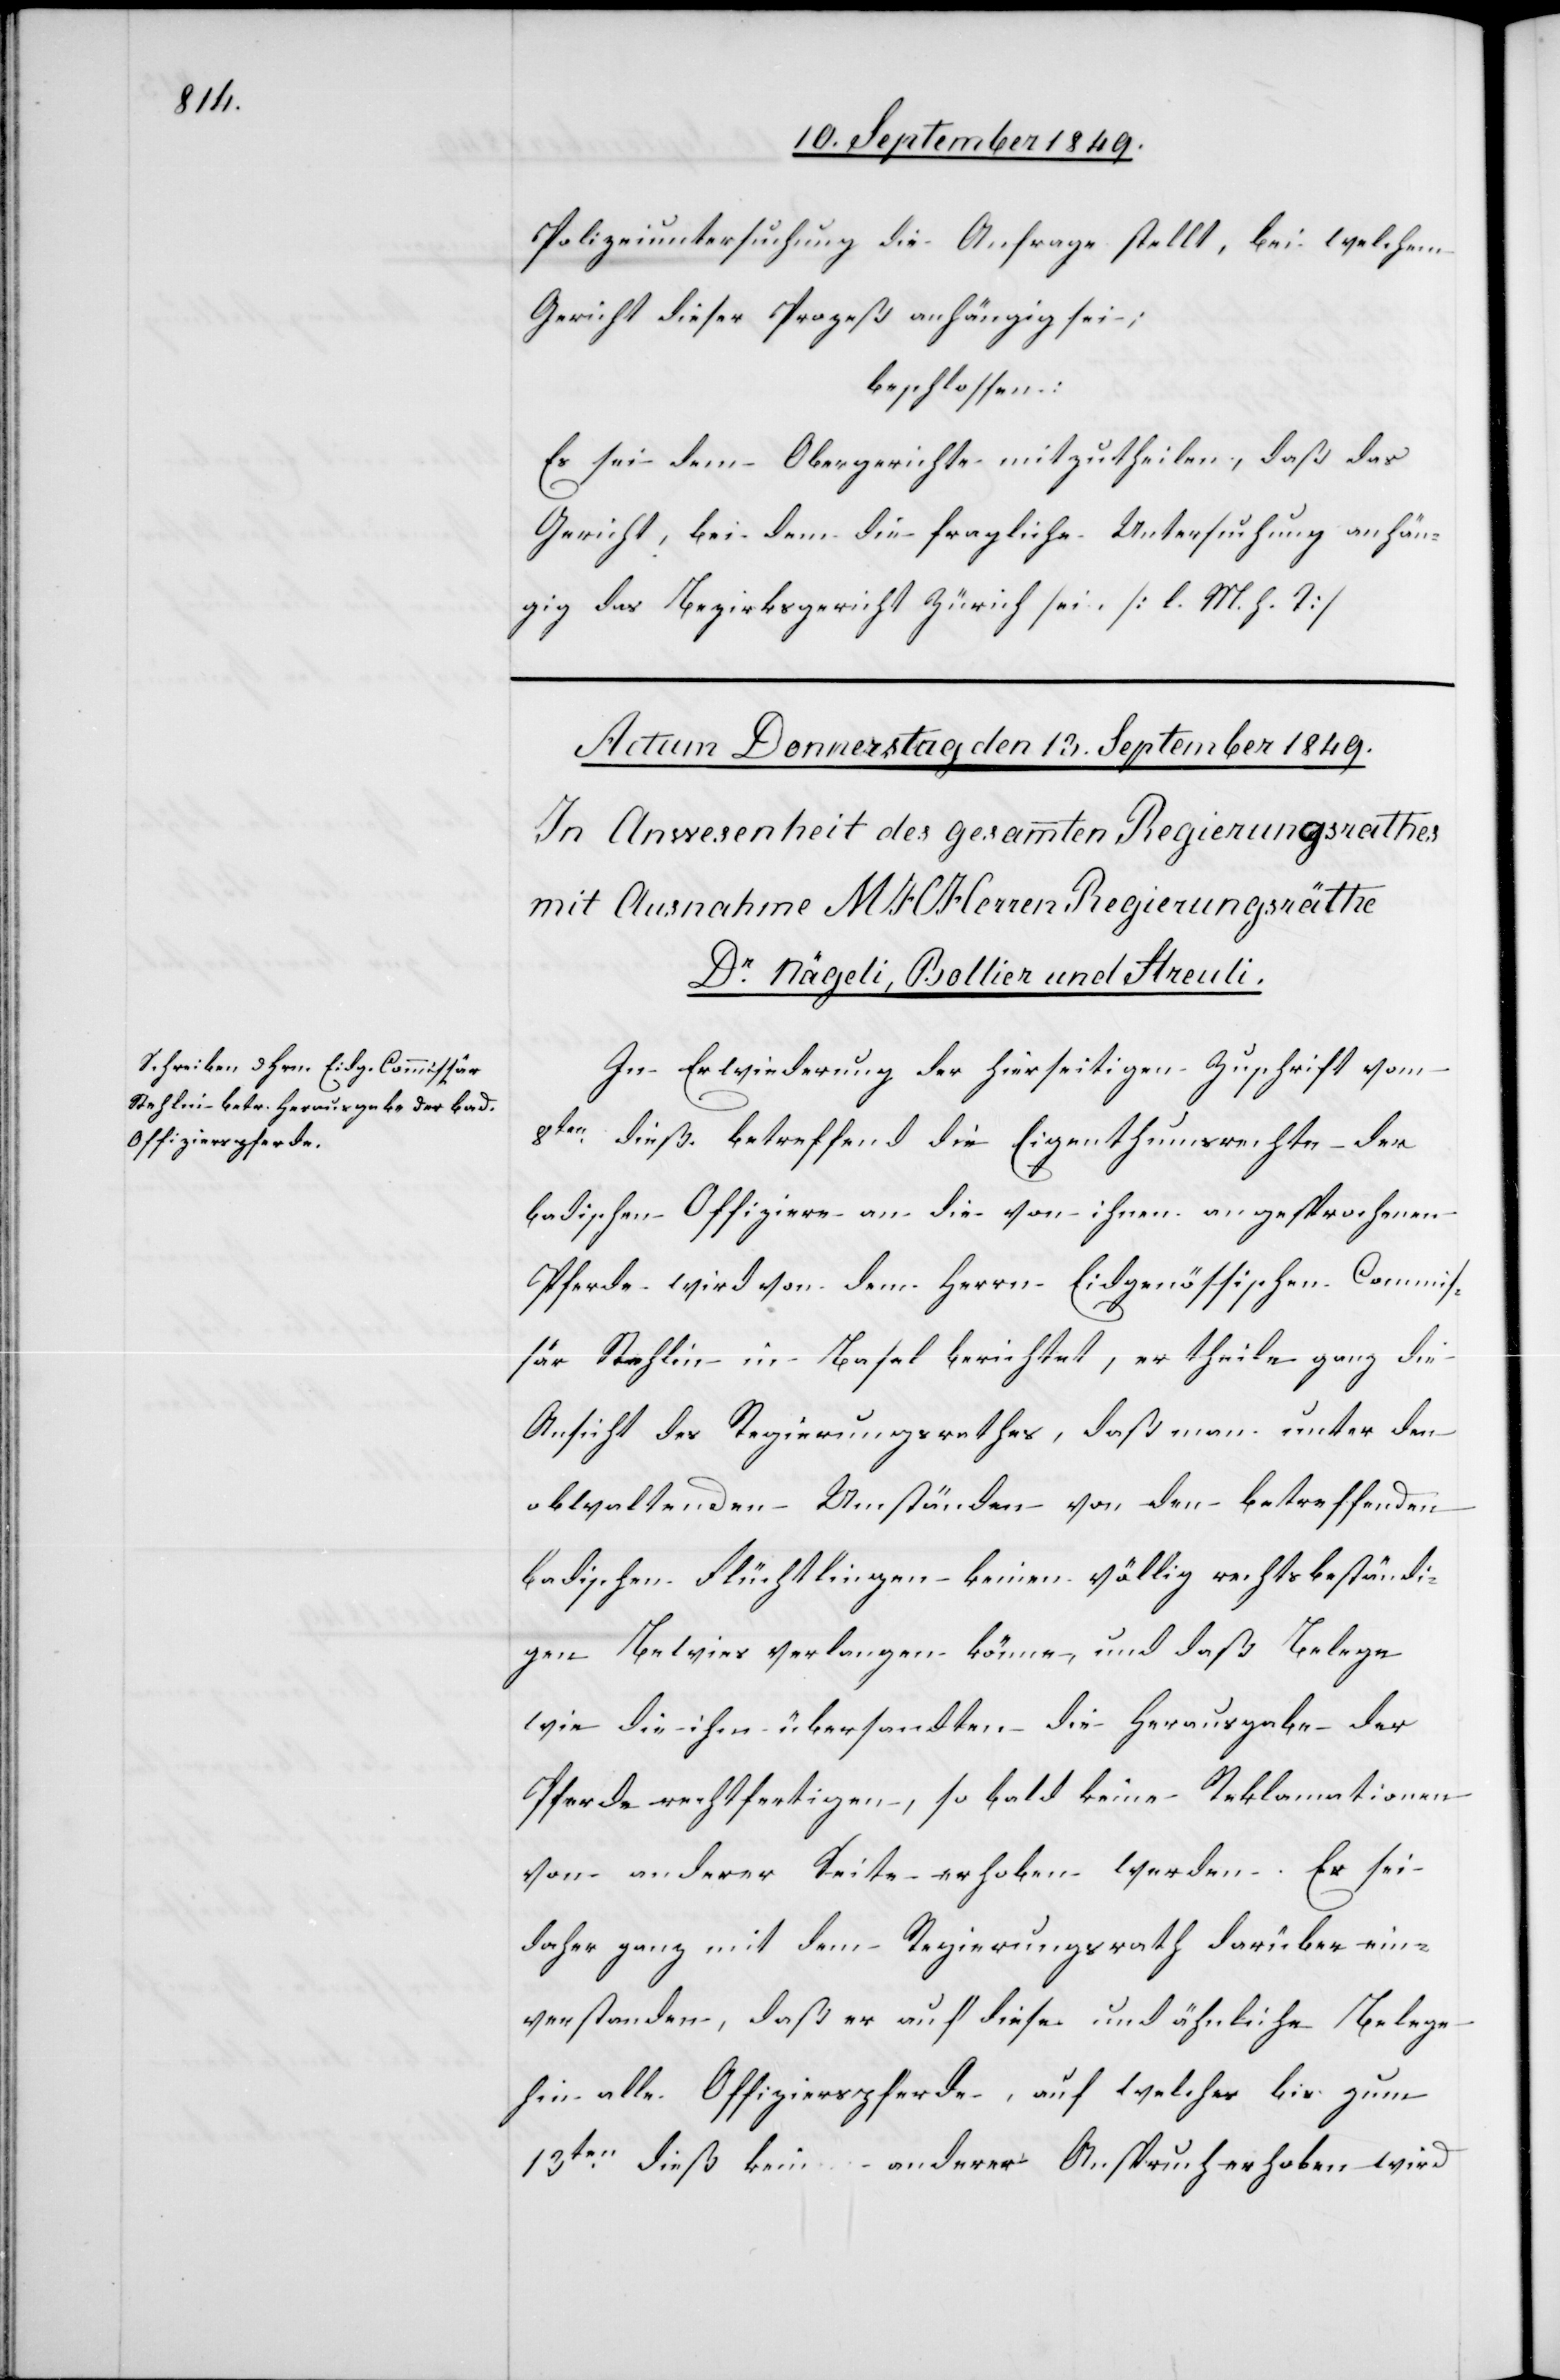
Polizeiuntersuchung die Anfrage stellt, bei welchem
Gericht dieser Prozeß anhängig sei;
beschlossen:
Es sei dem Obergerichte mitzutheilen, daß das
Gericht, bei dem die fragliche Untersuchung anhän¬
gig das Bezirksgericht Zürich sei. [l. M. h. T]
In Erwiederung der hierseitigen Zuschrift vom
8ten dieß. betreffend die Eigenthumsrechte der
badischen Offiziere an die von ihnen angesprochenen
Pferde wird von dem Herrn eidgenössischen Commis¬
sär Stehlin in Basel berichtet, er theile ganz die
Ansicht des Regierungsrathes, daß man unter den
obwaltenden Umständen von den betreffenden
badischen Flüchtlingen keinen völlig rechtsbeständi¬
gen Beweis verlangen könne, und daß Belege
wie die ihm übersandten die Herausgabe der
Pferde rechtfertigen, so bald keine Reklamationen
von anderer Seite erhoben werden. Es sei
verstanden, daß er auf diese und ähnliche Belege
hin alle Offizierspferde, auf welches bis zum
13ten dieß kein anderer Anspruch erhoben wird